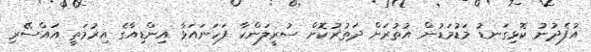
އުފެދުނު ކޮޅިގަނޑު މަޑުމަޑުން އުތުރަށް ދަތުރުކޮށް ސުރީލަންކާ ފަހަނައަޅާ އިންޑިއާގެ އިރުމަތީ އައްސޭރި